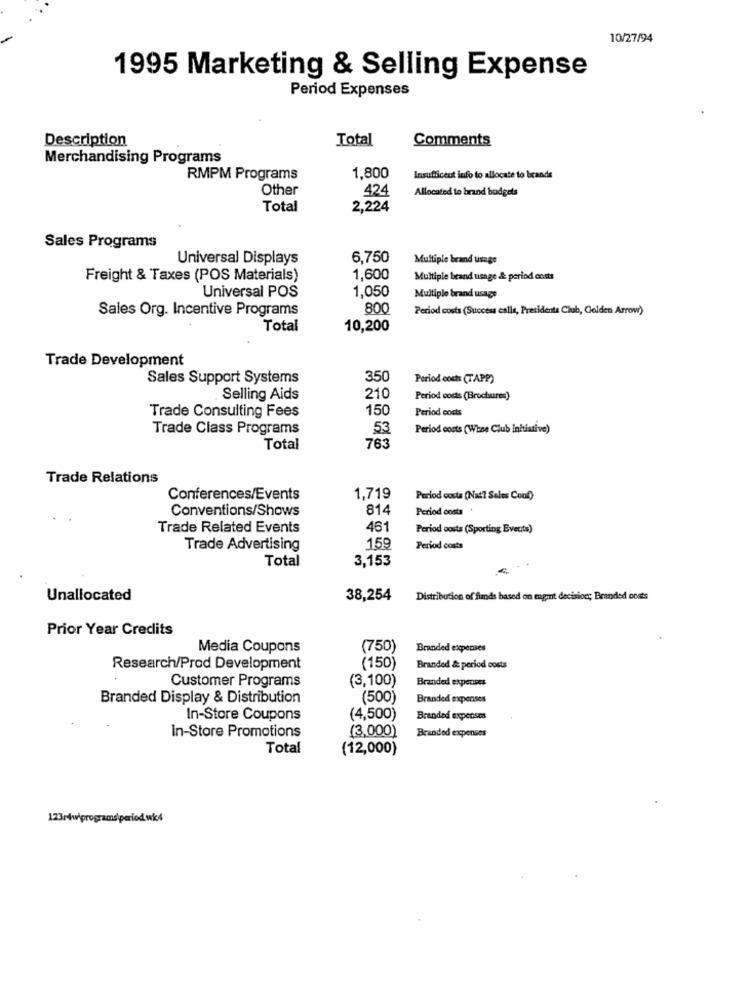
10/27/94
1995 Marketing & Selling Expense
Period Expenses
Description
Total
Comments
Merchandising Programs
RMPM Programs
1,800
Insufficent info to allocate to brands
Other
424
Allocated to brand budgets
Total
2,224
Sales Programs
Universal Displays
6,750
Multiple brand usage
Freight & Taxes (POS Materials)
1,600
Multiple beand usage & period costs
1,050
Universal POS
Multiple brand usage
Sales Org. Incentive Programs
800
Period costs (Success eslis, Presidenta Club, Golden Arrow)
Total
10,200
Trade Development
Sales Support Systems
350
Period costs (TAPP)
Selling Aids
210
Period costs (Brochures)
Trade Consulting Fees
150
Period costs
Trade Class Programs
53
Period costs (Wise Club initiative)
Total
763
Trade Relations
Conferences/Events
1,719
Period costa (Nat] Salus Conf)
Conventions/Shows
814
Period costs
Trade Related Events
461
Period costs (Sporting Events)
Trade Advertising
159
Period costs
Total
3,153
Unallocated
38,254
Distribution of funds based on mgmt decision Branded costs
Prior Year Credits
Media Coupons
(750)
Branded expenses
Research/Prod Development
(150)
Branded & period costs
Customer Programs
(3,100)
Branded expenses
Branded Display & Distribution
(500)
Branded expenses
In-Store Coupons
(4,500)
Branded expenses
In-Store Promotions
(3,000)
Branded expenses
Total
(12,000)